Calcutta medical institutions reports 1892-1900
Year: 1892
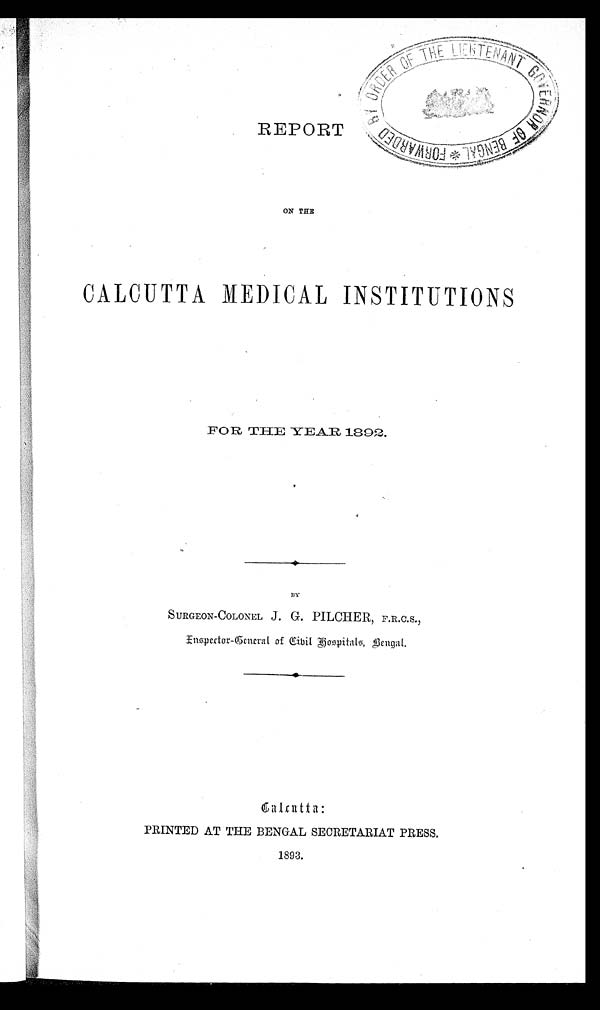
REPORT
ON THE
CALCUTTA MEDICAL INSTITUTIONS
FOR THE YEAR 1892.
BY
SURGEON-COLONEL J. G. PILCHER, F.R.C.
S . ,
a :
PRINTED AT THE BENGAL SECRETARIAT PRESS.
1893.